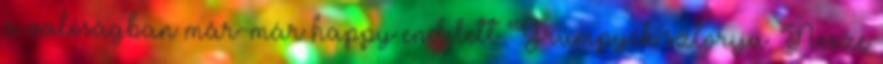
a valóságban már-már happy end lett Grumpyék sztorija. Nesze